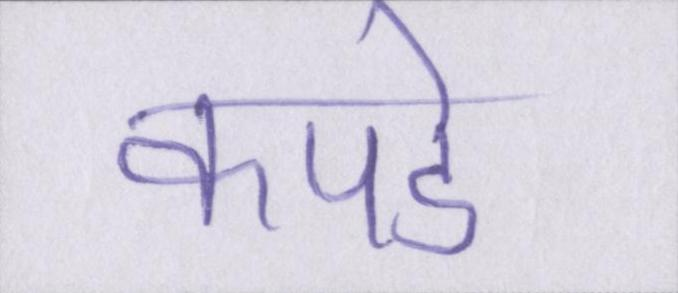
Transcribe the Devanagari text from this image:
कपडे